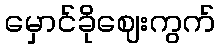
မှောင်ခိုဈေးကွက်